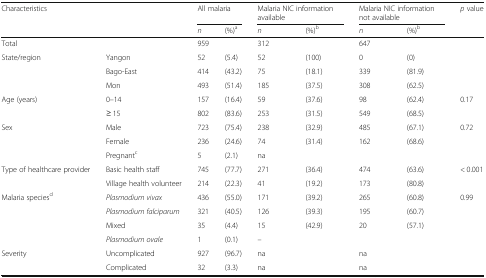
<table><thead><tr><td rowspan="2" colspan="2"><b>Characteristics</b></td><td colspan="2"><b>All malaria</b></td><td colspan="2"><b>Malaria NIC information available</b></td><td colspan="2"><b>Malaria NIC information not available</b></td><td><b><i>p</i> value</b></td></tr><tr><td><b><i>n</i></b></td><td><b>(%)<sup>a</sup></b></td><td><b><i>n</i></b></td><td><b>(%)<sup>b</sup></b></td><td><b><i>n</i></b></td><td><b>(%)<sup>b</sup></b></td><td></td></tr></thead><tbody><tr><td>Total</td><td></td><td>959</td><td></td><td>312</td><td></td><td>647</td><td></td><td></td></tr><tr><td>State/region</td><td>Yangon</td><td>52</td><td>(5.4)</td><td>52</td><td>(100)</td><td>0</td><td>(0)</td><td></td></tr><tr><td></td><td>Bago-East</td><td>414</td><td>(43.2)</td><td>75</td><td>(18.1)</td><td>339</td><td>(81.9)</td><td></td></tr><tr><td></td><td>Mon</td><td>493</td><td>(51.4)</td><td>185</td><td>(37.5)</td><td>308</td><td>(62.5)</td><td></td></tr><tr><td>Age (years)</td><td>0–14</td><td>157</td><td>(16.4)</td><td>59</td><td>(37.6)</td><td>98</td><td>(62.4)</td><td>0.17</td></tr><tr><td></td><td>≥ 15</td><td>802</td><td>(83.6)</td><td>253</td><td>(31.5)</td><td>549</td><td>(68.5)</td><td></td></tr><tr><td>Sex</td><td>Male</td><td>723</td><td>(75.4)</td><td>238</td><td>(32.9)</td><td>485</td><td>(67.1)</td><td>0.72</td></tr><tr><td></td><td>Female</td><td>236</td><td>(24.6)</td><td>74</td><td>(31.4)</td><td>162</td><td>(68.6)</td><td></td></tr><tr><td></td><td>Pregnant<sup>c</sup></td><td>5</td><td>(2.1)</td><td>na</td><td></td><td></td><td></td><td></td></tr><tr><td rowspan="2">Type of healthcare provider</td><td>Basic health staff</td><td>745</td><td>(77.7)</td><td>271</td><td>(36.4)</td><td>474</td><td>(63.6)</td><td>&lt; 0.001</td></tr><tr><td>Village health volunteer</td><td>214</td><td>(22.3)</td><td>41</td><td>(19.2)</td><td>173</td><td>(80.8)</td><td></td></tr><tr><td rowspan="2">Malaria species<sup>d</sup></td><td><i>Plasmodium vivax</i></td><td>436</td><td>(55.0)</td><td>171</td><td>(39.2)</td><td>265</td><td>(60.8)</td><td>0.99</td></tr><tr><td><i>Plasmodium falciparum</i></td><td>321</td><td>(40.5)</td><td>126</td><td>(39.3)</td><td>195</td><td>(60.7)</td><td></td></tr><tr><td></td><td>Mixed</td><td>35</td><td>(4.4)</td><td>15</td><td>(42.9)</td><td>20</td><td>(57.1)</td><td></td></tr><tr><td></td><td><i>Plasmodium ovale</i></td><td>1</td><td>(0.1)</td><td>–</td><td></td><td></td><td></td><td></td></tr><tr><td>Severity</td><td>Uncomplicated</td><td>927</td><td>(96.7)</td><td>na</td><td></td><td>na</td><td></td><td></td></tr><tr><td></td><td>Complicated</td><td>32</td><td>(3.3)</td><td>na</td><td></td><td>na</td><td></td><td></td></tr></tbody></table>